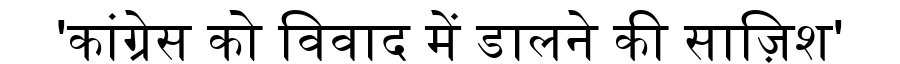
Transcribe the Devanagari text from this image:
'कांग्रेस को विवाद में डालने की साज़िश'